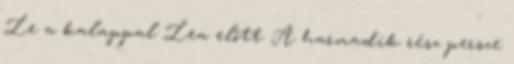
Le a kalappal Lea előtt. A harmadik rész persze